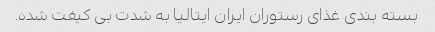
بسته بندی غذای رستوران ایران ایتالیا به شدت بی کیفت شده.